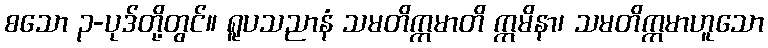
စသော ၃-ပုဒ်တို့တွင်။ ရူပသညာနံ သမတိက္ကမာတိ ဣမိနာ၊ သမတိက္ကမာဟူသော